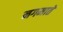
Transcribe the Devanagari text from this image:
नगमाते